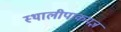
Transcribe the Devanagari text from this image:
स्थालीपाकयज्ञ